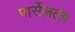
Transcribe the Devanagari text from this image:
पार्सेलटंग